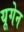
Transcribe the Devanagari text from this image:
यूगेन